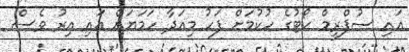
އައި ސުޕްރީމް ކޯޓުގެ ހުކުމަށް ފަހު މިއަދާ ހަމަޔަށް އައި އިރު ވެސް